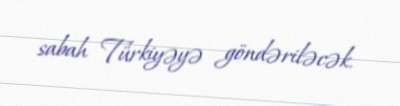
sabah Türkiyəyə göndəriləcək.